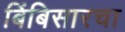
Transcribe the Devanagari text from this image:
बिंबिसारचा